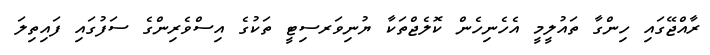
ރާއްޖޭގައި ހިންގާ ތައުލީމީ އެހެނިހެން ކޮލެޖްތަކާ ޔުނިވަރސިޓީ ތަކުގެ އިސްވެރިންގެ ސަފުގައި ފައިތިލަ